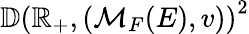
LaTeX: \mathbb{D}\left(\mathbb{R}_{+},(\mathcal{M}_{F}(E),v)\right)^{2}